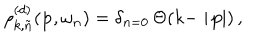
LaTeX: \rho _ { k , \tilde { n } } ^ { ( d ) } ( { \bf p } , \omega _ { n } ) = \delta _ { n = 0 } \, \Theta ( k - \mid \! { \bf p } \! \! \mid ) \, ,